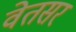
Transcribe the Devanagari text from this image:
वेतसर